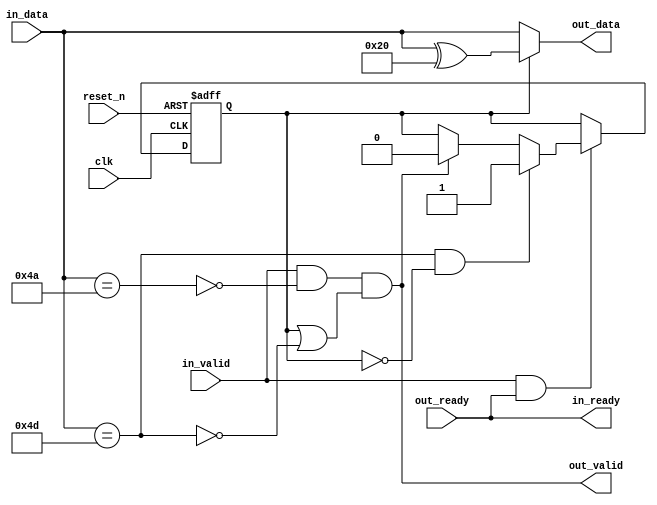
// (C) 2001-2018 Intel Corporation. All rights reserved.
// Your use of Intel Corporation's design tools, logic functions and other 
// software and tools, and its AMPP partner logic functions, and any output 
// files from any of the foregoing (including device programming or simulation 
// files), and any associated documentation or information are expressly subject 
// to the terms and conditions of the Intel Program License Subscription 
// Agreement, Intel FPGA IP License Agreement, or other applicable 
// license agreement, including, without limitation, that your use is for the 
// sole purpose of programming logic devices manufactured by Intel and sold by 
// Intel or its authorized distributors.  Please refer to the applicable 
// agreement for further details.


// --------------------------------------------------------------------------------
//| Avalon ST Idle Remover 
// --------------------------------------------------------------------------------

`timescale 1ns / 100ps
module altera_avalon_st_idle_remover (

      // Interface: clk
      input              clk,
      input              reset_n,
      // Interface: ST in
      output reg         in_ready,
      input              in_valid,
      input      [7: 0]  in_data,

      // Interface: ST out 
      input              out_ready,
      output reg         out_valid,
      output reg [7: 0]  out_data
);

   // ---------------------------------------------------------------------
   //| Signal Declarations
   // ---------------------------------------------------------------------

   reg  received_esc;
   wire escape_char, idle_char;

   // ---------------------------------------------------------------------
   //| Thingofamagick
   // ---------------------------------------------------------------------

   assign idle_char = (in_data == 8'h4a);
   assign escape_char = (in_data == 8'h4d);

   always @(posedge clk or negedge reset_n) begin
      if (!reset_n) begin
         received_esc <= 0; 
      end else begin
         if (in_valid & in_ready) begin
            if (escape_char & ~received_esc) begin
                 received_esc <= 1;
            end else if (out_valid) begin
                 received_esc <= 0;
            end
         end
      end
   end

   always @* begin
      in_ready = out_ready;
      //out valid when in_valid.  Except when we get idle or escape
      //however, if we have received an escape character, then we are valid
      out_valid = in_valid & ~idle_char & (received_esc | ~escape_char);
      out_data = received_esc ? (in_data ^ 8'h20) : in_data;
   end
endmodule